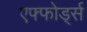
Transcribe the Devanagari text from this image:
एफ्फोर्ड्स